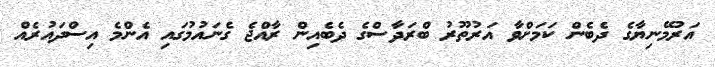
އަރުމޭނިޔާގެ ދެބެން ކަމަށްވާ އަރުތޫރު ބްރަދާސްގެ ދެބެއިން ރާއްޖެ ގެނައުމުގައި އެންމެ އިސްދައުރެއް